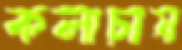
কলাচাষ